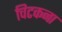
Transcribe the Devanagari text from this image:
चिटकना